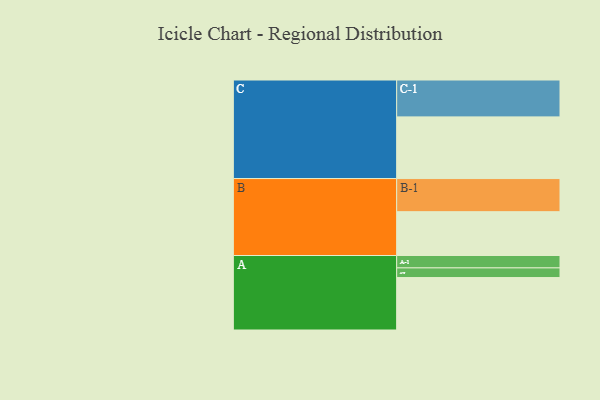
{"axis": {"x": "Segment", "y": "Value"}, "legend": ["", "A", "B", "C"], "data": [{"x": "A", "y": 364, "type": ""}, {"x": "B", "y": 304, "type": ""}, {"x": "C", "y": 428, "type": ""}, {"x": "A-1", "y": 86, "type": "A"}, {"x": "A-2", "y": 67, "type": "A"}, {"x": "B-1", "y": 230, "type": "B"}, {"x": "C-1", "y": 256, "type": "C"}]}